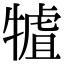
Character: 𤛏